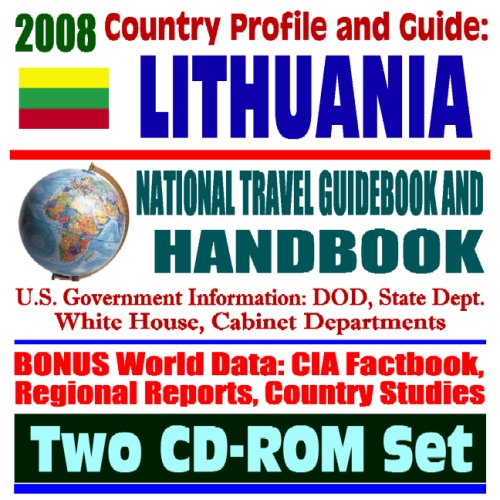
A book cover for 2008 Country Profile and Guide to Lithuania- National Travel Guidebook and Handbook - USAID, Baltic Caucus, Trade, Business, European Union, NATO, U.S. Relations (Two CD-ROM Set); U.S. Government; Travel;